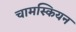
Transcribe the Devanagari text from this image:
चामस्कियन